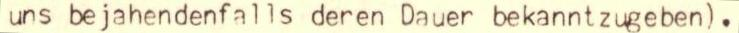
uns bejahendenfalls deren Dauer bekanntzugeben).